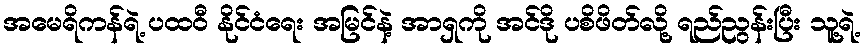
အမေရိကန်ရဲ့ ပထဝီ နိုင်ငံရေး အမြင်နဲ့ အာရှကို အင်ဒို ပစိဖိတ်လို့ ရည်ညွန်းပြီး သူ့ရဲ့